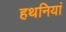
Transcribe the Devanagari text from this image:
हथनियां